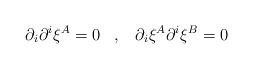
\begin{align*} \partial_{i}\partial^{i}\xi^{A}=0 \;\;\;,\;\;\; \partial_{i}\xi^{A}\partial^{i}\xi^{B}=0\end{align*}